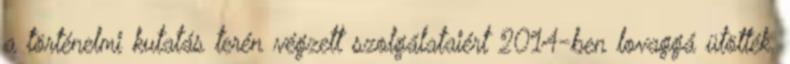
a történelmi kutatás terén végzett szolgálataiért 2014-ben lovaggá ütötték.